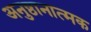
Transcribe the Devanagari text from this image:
अनुष्ठानात्मक